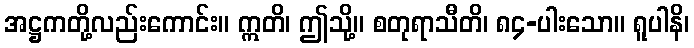
အဋ္ဌကတို့လည်းကောင်း။ ဣတိ၊ ဤသို့။ စတုရာသီတိ၊ ၈၄-ပါးသော။ ရူပါနိ၊